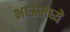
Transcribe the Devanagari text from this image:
भाऊमध्ये